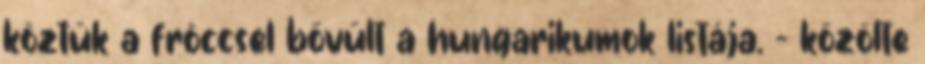
köztük a fröccsel bővült a hungarikumok listája. – közölte